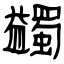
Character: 蠲